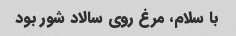
با سلام، مرغ روی سالاد شور بود